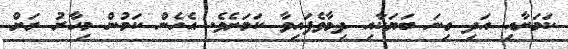
ކަމަށާއި އަދި ގިނަ ބަޔަކާއި ދިމާވެފައިވާ ކަމަށެވެ. އެހެން ކަމުން މިހާރު ރަށް